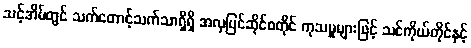
သင့်အိမ်တွင် သက်တောင့်သက်သာရှိရှိ အလှပြင်ဆိုင်စတိုင် ကုသမှုများဖြင့် သင်ကိုယ်တိုင်နှင့်